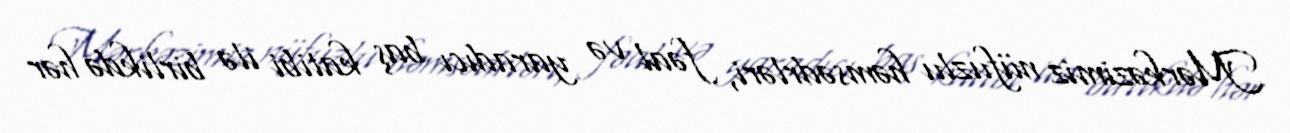
Mərkəzimiz nüfuzlu həmsədrləri, fəal və yaradıcı baş katibi ilə birlikdə hər